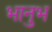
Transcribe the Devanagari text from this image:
भानुभ